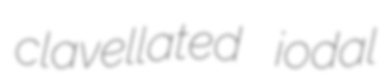
clavellated iodal